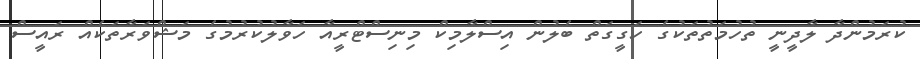
ކުރަމުންދާ ލާދީނީ ތުހުމަތުތަކުގެ ހަގީގަތް ބެލުން އިސްލާމިކް މިނިސްޓްރީއާ ހަވާލުކުރުމުގެ މަޝްވަރާތަކެއް ރައީސް